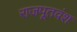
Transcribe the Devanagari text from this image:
राजपूतवंश